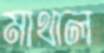
মাথাল